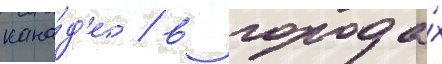
кана́д'е / в города́х